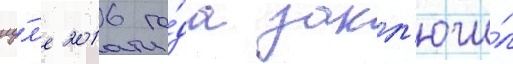
иу́л'е 2016 го́да закл'ючи́л